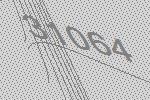
31064